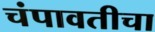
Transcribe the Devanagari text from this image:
चंपावतीचा